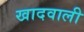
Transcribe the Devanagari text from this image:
खादवाली